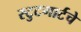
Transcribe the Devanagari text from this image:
स्टुटगार्टचे